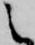
之